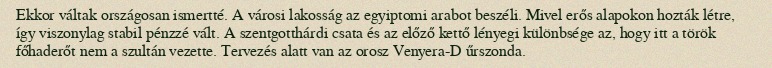
Ekkor váltak országosan ismertté. A városi lakosság az egyiptomi arabot beszéli. Mivel erős alapokon hozták létre, így viszonylag stabil pénzzé vált. A szentgotthárdi csata és az előző kettő lényegi különbsége az, hogy itt a török főhaderőt nem a szultán vezette. Tervezés alatt van az orosz Venyera-D űrszonda.